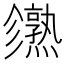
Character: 𤒙